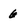
Character: 6